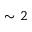
\sim 2